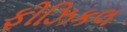
ફીઝિકલ